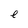
Character: e